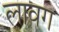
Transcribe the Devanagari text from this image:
लावग